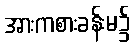
အားကစားခန်းမ၌